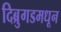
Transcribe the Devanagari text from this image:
दिब्रुगडमधून